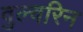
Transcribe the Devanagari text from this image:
वुल्वरिन